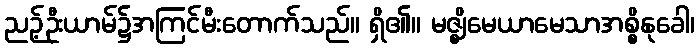
ညဉ့်ဦးယာမ်၌အကြင်မီးတောက်သည်။ ရှိ၏။ မဇ္ဈိမေယာမေသာအစ္စိနုခေါ၊